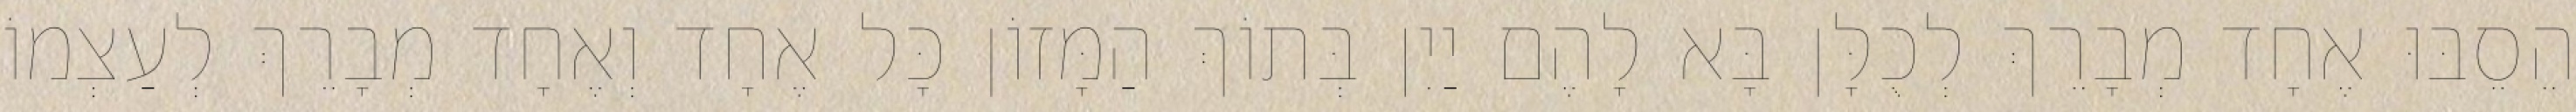
הֵסֵבּוּ אֶחָד מְבָרֵךְ לְכֻלָּן בָּא לָהֶם יַיִן בְּתוֹךְ הַמָּזוֹן כָּל אֶחָד וְאֶחָד מְבָרֵךְ לְעַצְמוֹ